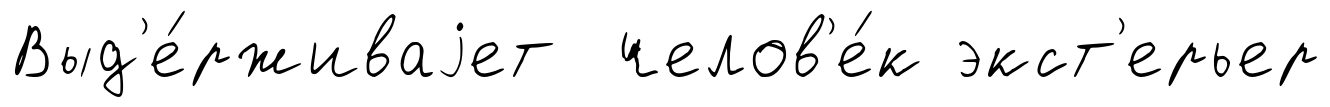
Выд'е́рживаjет челов'е́к экст'ерьер